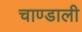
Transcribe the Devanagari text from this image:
चाण्डाली